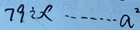
7 9 \div x \cdots a ^ { 2 }